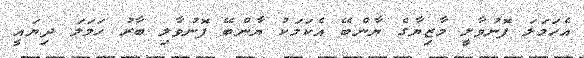
އެހަމަލަ ފޮނުވާލީ މާޒިޔާގެ ޔާންބޭ އެކަމަކު ޔާންބޭ ފޮނުވާލި ބާރު ހަމަލަ ދިޔައީ